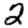
Digit: 2